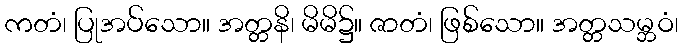
ကတံ၊ ပြုအပ်သော။ အတ္တနိ၊ မိမိ၌။ ဇာတံ၊ ဖြစ်သော။ အတ္တသမ္ဘဝံ၊